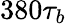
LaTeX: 380\tau_{b}